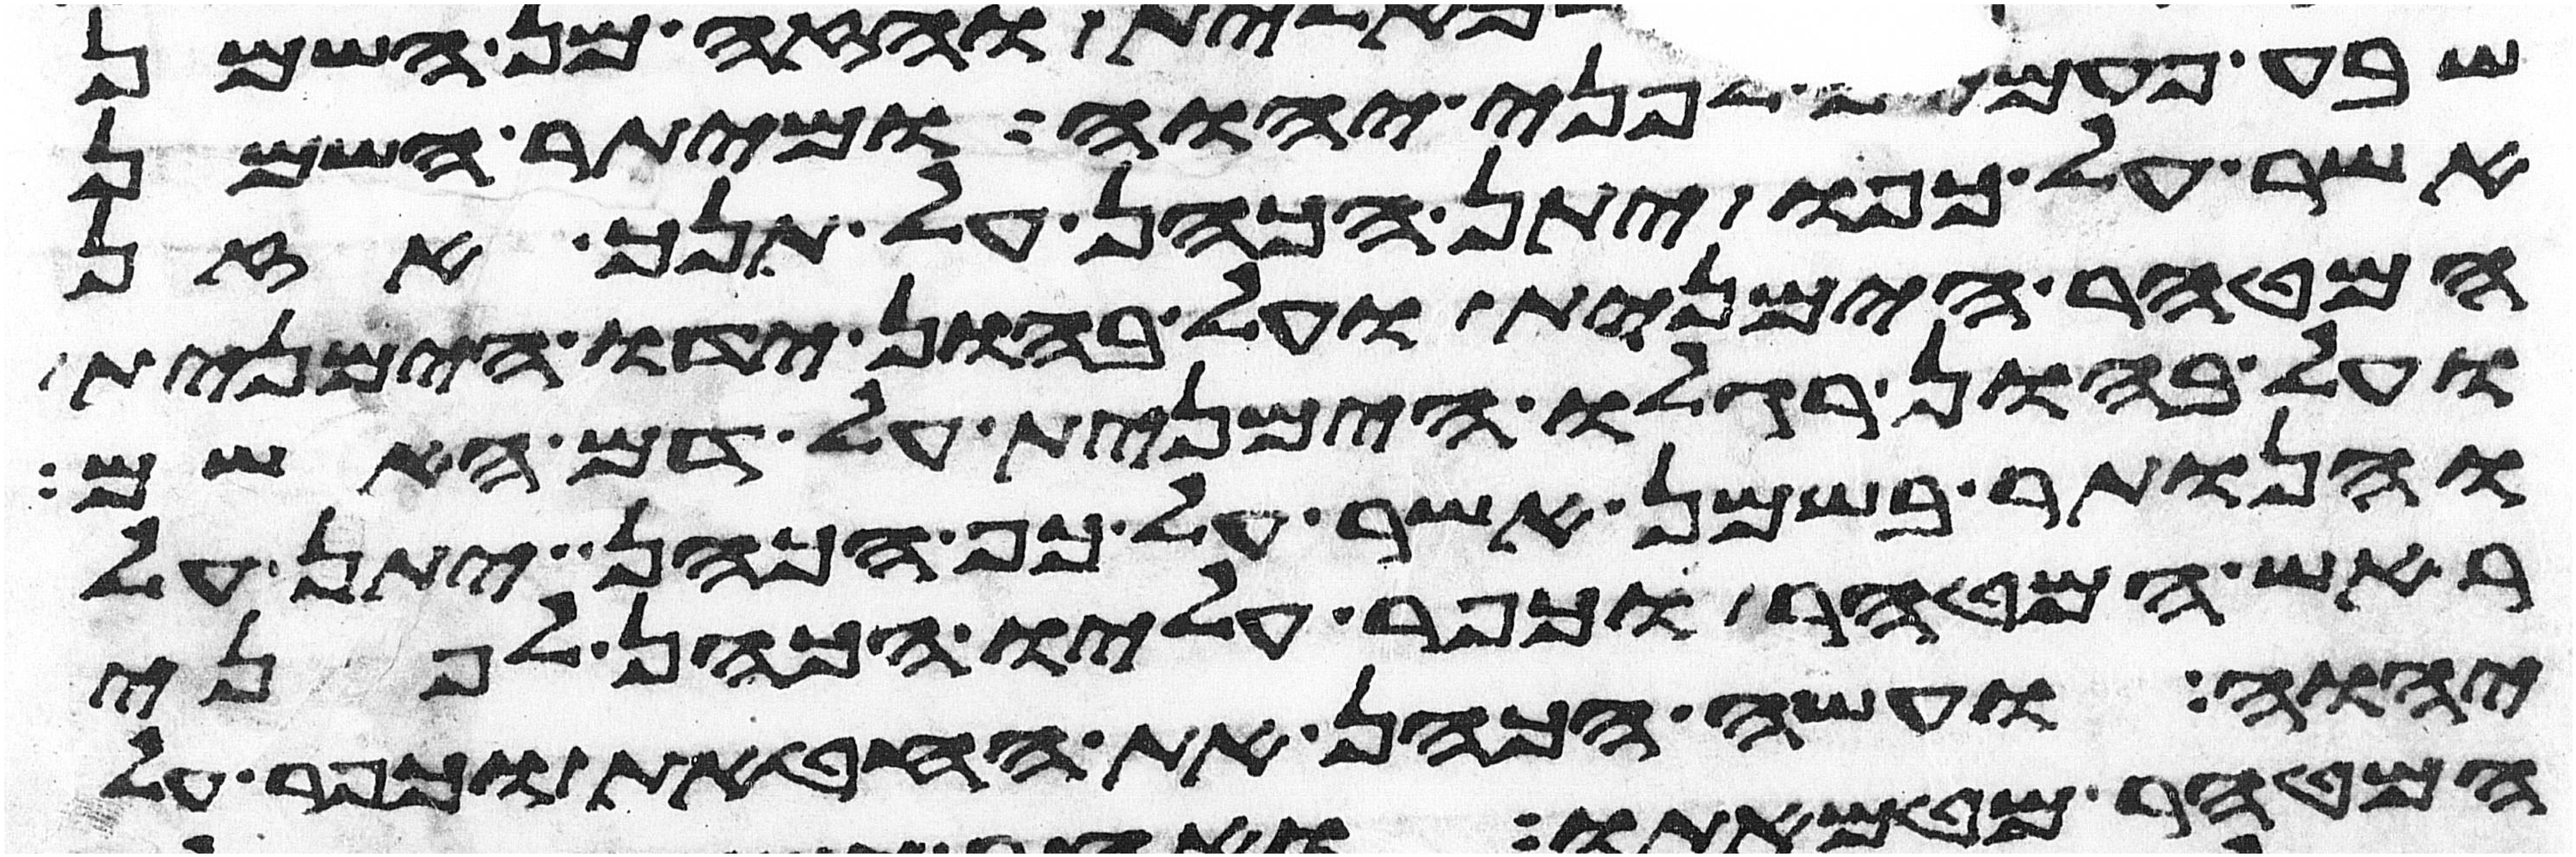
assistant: שבע פעמים לפני יהוה ומיתר השמן
אשר על כפו יתן הכהן על תנך אזן
המטהר הימנית ועל בהון ידו הימנית
ועל בהון רגלו הימנית על דם האשם
והנותר בשמן אשר על כף הכהן יתן על
ראש המטהר וכפר עליו הכהן לפני
יהוה ועשה הכהן את החטאת וכפר על